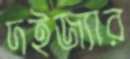
দইজ্যার